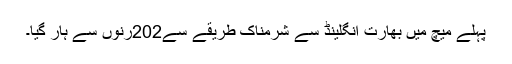
پہلے میچ میں بھارت انگلینڈ سے شرمناک طریقے سے202رنوں سے ہار گیا۔